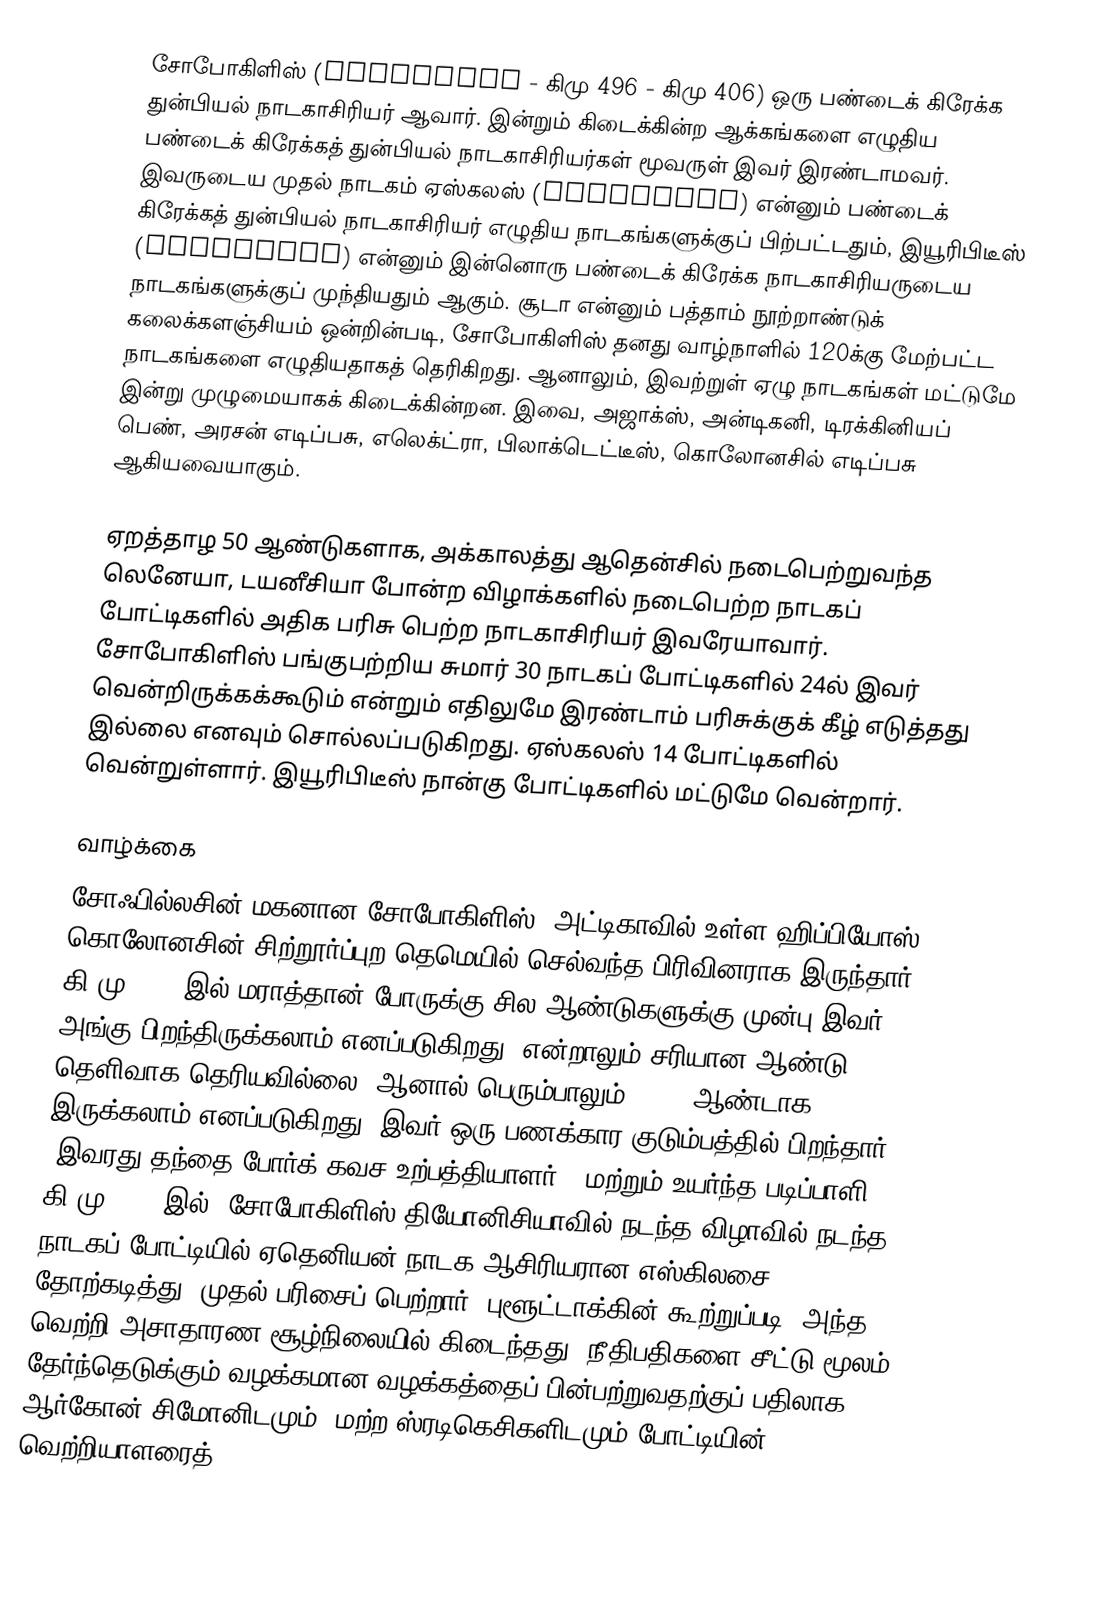
சோபோகிளிஸ் (Sophocles - கிமு 496 - கிமு 406) ஒரு பண்டைக் கிரேக்க துன்பியல் நாடகாசிரியர் ஆவார். இன்றும் கிடைக்கின்ற ஆக்கங்களை எழுதிய பண்டைக் கிரேக்கத் துன்பியல் நாடகாசிரியர்கள் மூவருள் இவர் இரண்டாமவர். இவருடைய முதல் நாடகம் ஏஸ்கலஸ் (Aeschylus) என்னும் பண்டைக் கிரேக்கத் துன்பியல் நாடகாசிரியர் எழுதிய நாடகங்களுக்குப் பிற்பட்டதும், இயூரிபிடீஸ் (Euripides) என்னும் இன்னொரு பண்டைக் கிரேக்க நாடகாசிரியருடைய நாடகங்களுக்குப் முந்தியதும் ஆகும். சூடா என்னும் பத்தாம் நூற்றாண்டுக் கலைக்களஞ்சியம் ஒன்றின்படி, சோபோகிளிஸ் தனது வாழ்நாளில் 120க்கு மேற்பட்ட நாடகங்களை எழுதியதாகத் தெரிகிறது. ஆனாலும், இவற்றுள் ஏழு நாடகங்கள் மட்டுமே இன்று முழுமையாகக் கிடைக்கின்றன. இவை, அஜாக்ஸ், அன்டிகனி, டிரக்கினியப் பெண், அரசன் எடிப்பசு, எலெக்ட்ரா, பிலாக்டெட்டீஸ், கொலோனசில் எடிப்பசு ஆகியவையாகும்.

ஏறத்தாழ 50 ஆண்டுகளாக, அக்காலத்து ஆதென்சில் நடைபெற்றுவந்த லெனேயா, டயனீசியா போன்ற விழாக்களில் நடைபெற்ற நாடகப் போட்டிகளில் அதிக பரிசு பெற்ற நாடகாசிரியர் இவரேயாவார். சோபோகிளிஸ் பங்குபற்றிய சுமார் 30 நாடகப் போட்டிகளில் 24ல் இவர் வென்றிருக்கக்கூடும் என்றும் எதிலுமே இரண்டாம் பரிசுக்குக் கீழ் எடுத்தது இல்லை எனவும் சொல்லப்படுகிறது. ஏஸ்கலஸ் 14 போட்டிகளில் வென்றுள்ளார். இயூரிபிடீஸ் நான்கு போட்டிகளில் மட்டுமே வென்றார்.

வாழ்க்கை
சோஃபில்லசின் மகனான சோபோகிளிஸ், அட்டிகாவில் உள்ள ஹிப்பியோஸ் கொலோனசின் சிற்றூர்ப்புற தெமெயில் செல்வந்த பிரிவினராக இருந்தார். கி.மு. 490 இல் மராத்தான் போருக்கு சில ஆண்டுகளுக்கு முன்பு இவர் அங்கு பிறந்திருக்கலாம் எனப்படுகிறது. என்றாலும் சரியான ஆண்டு தெளிவாக தெரியவில்லை. ஆனால் பெரும்பாலும் 497/6 ஆண்டாக இருக்கலாம் எனப்படுகிறது. இவர் ஒரு பணக்கார குடும்பத்தில் பிறந்தார் (இவரது தந்தை போர்க் கவச உற்பத்தியாளர்), மற்றும் உயர்ந்த படிப்பாளி. கி.மு. 468 இல், சோபோகிளிஸ் தியோனிசியாவில் நடந்த விழாவில் நடந்த நாடகப் போட்டியில் ஏதெனியன் நாடக ஆசிரியரான எஸ்கிலசை தோற்கடித்து,  முதல் பரிசைப் பெற்றார். புளூட்டாக்கின் கூற்றுப்படி, அந்த வெற்றி அசாதாரண சூழ்நிலையில் கிடைந்தது: நீதிபதிகளை சீட்டு மூலம் தேர்ந்தெடுக்கும் வழக்கமான வழக்கத்தைப் பின்பற்றுவதற்குப் பதிலாக, ஆர்கோன் சிமோனிடமும், மற்ற ஸ்ரடிகெசிகளிடமும் போட்டியின் வெற்றியாளரைத்